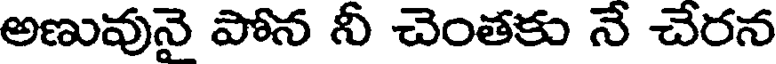
అణువునై పోన నీ చెంతకు నే చేరన